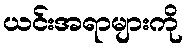
ယင်းအရာများကို